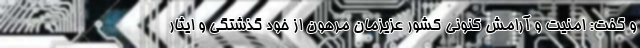
و گفت: امنیت و آرامش کنونی کشور عزیزمان مرهون از خود گذشتگی و ایثار